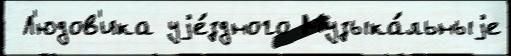
 Л'юдов'ика уjе́здного Музыка́льныjе